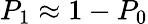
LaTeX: P_{1}\approx 1-P_{0}